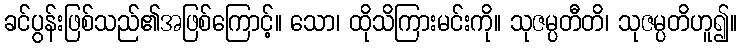
ခင်ပွန်းဖြစ်သည်၏အဖြစ်ကြောင့်။ သော၊ ထိုသိကြားမင်းကို။ သုဇမ္ပတီတိ၊ သုဇမ္ပတိဟူ၍။